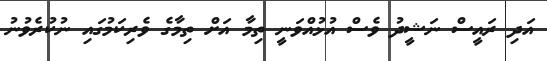
އަދި ރައީސް ނަޝީދު ވެސް އުުޅުއްވަނީ ތިމާ އަށް ތިމާގެ ވެރިކަމުގައި ނުކުރެވުނު